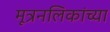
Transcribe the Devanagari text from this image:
मूत्रनलिकांच्या